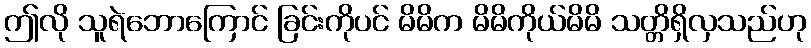
ဤလို သူရဲဘောကြောင် ခြင်းကိုပင် မိမိက မိမိကိုယ်မိမိ သတ္တိရှိလှသည်ဟု